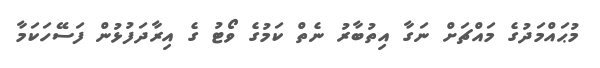
މުޙައްމަދުގެ މައްޗަށް ނަގާ އިތުބާރު ނެތް ކަމުގެ ވޯޓު ގެ އިރާދަފުޅުން ފަސޭހަކަމާ